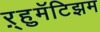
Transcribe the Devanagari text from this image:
ऱ्हुमॅटिझम